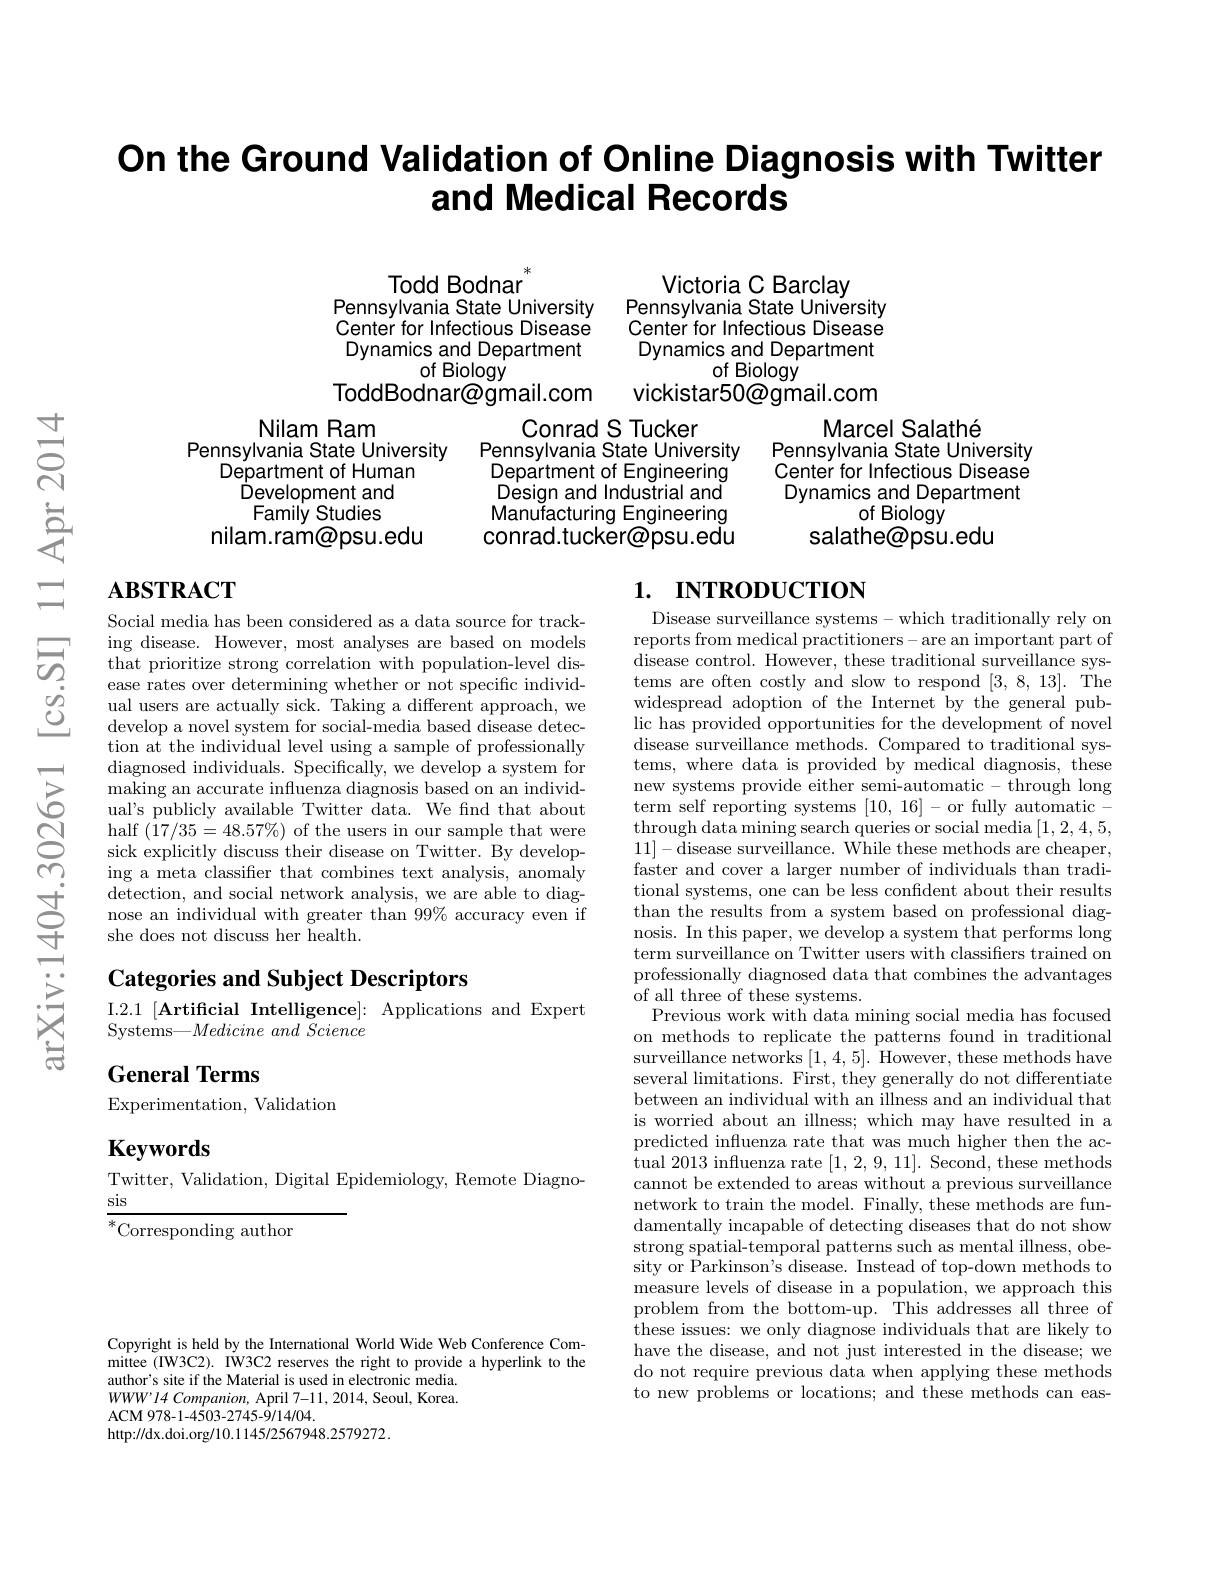
# On the Ground Validation of Online Diagnosis with Twitter and Medical Records

Todd Bodnar
Victoria C Barclay
Pennsylvania State University
Pennsylvania State University
Center for Infectious Disease
Center for Infectious Disease
Dynamics and Department
Dynamics and Department
of Biology
of Biology
ToddBodnar@gmail.com
vickistar50@gmail.com

Conrad S Tucker
Marcel Salathé
Pennsylvania State University
Pennsylvania State University
Department of Engineering
Center for Infectious Disease
Design and Industrial and
Dynamics and Department
Manufacturing Engineering conrad.tucker@psu.edu
salathe@psu.edu

Nilam Ram
Pennsylvania State University
Department of Human
Development and Family Studies
nilam.ram@psu.edu

of Biology

## $\mathbf{ABSTRACT}$

## 1. INTRODUCTION

Social media has been considered as a data source for tracking disease. However, most analyses are based on models that prioritize strong correlation with population-level disease rates over determining whether or not specific individual users are actually sick. Taking a different approach, we develop a novel system for social-media based disease detection at the individual level using a sample of professionally diagnosed individuals. Specifically, we develop a system for ${\text{making an accurate influenza diagnosis based on an individ-}}$ ual's publicly available Twitter data. We fnd that about half $(17/35=48.57\%)$ of the users in our sample that were sick explicitly discuss their disease on Twitter. By developing a meta classifier that combines text analysis, anomaly detection, and social network analysis, we are able to diagnose an individual with greater than 99% accuracy even if she does not discuss her health.

Categories and Subject Descriptors I. 2. 1[ Artificial Intelligence] : Applications and Expert Systems- Medicine and Science

Disease surveillance systems- which traditionally rely on reports from medical practitioners- are an important part of $\hat{\text{disease control. However, these traditional surveillance sys-}}$ tems are often costly and slow to respond [3,8,13]. The widespread adoption of the Internet by the general public has provided opportunities for the development of novel disease surveillance methods. Compared to traditional systems, where data is provided by medical diagnosis, these new systems provide either semi-automatic- through long term self reporting systems [10,16]-or fully automatic $\begin{array}{l}{\text{through data mining search queries or social media }[1,2,4,5,1]-\mathrm{disease~surveillance.~While~these~methods~are~cheaper,}}\\{11]-\mathrm{disease~surveillance.~While~these~methods~are~cheaper,}}\end{array}$ faster and cover a larger number of individuals than traditional systems, one can be less confident about their results than the results from a system based on professional diagnosis. In this paper, we develop a system that performs long term surveillance on Twitter users with classifiers trained on professionally diagnosed data that combines the advantages of all three of these systems.
Previous work with data mining social media has focused on methods to replicate the patterns found in traditional surveillance networks [1,4,5]. However, these methods have several limitations. First, they generally do not differentiate between an individual with an illness and an individual that is worried about an illness; which may have resulted in a predicted influenza rate that was much higher then the actual 2013 influenza rate [1,2,9,11]. Second, these methods cannot be extended to areas without a previous surveillance network to train the model. Finally, these methods are fundamentally incapable of detecting diseases that do not show strong spatial-temporal patterns such as mental illness, obesity or Parkinson's disease. Instead of top-down methods to measure levels of disease in a population, we approach this problem from the bottom-up. This addresses all three of these issues: we only diagnose individuals that are likely to have the disease, and not just interested in the disease; we do not require previous data when applying these methods to new problems or locations; and these methods can eas-

## General Terms Experimentation, Validation

# Keywords

Twitter, Validation, Digital Epidemiology, Remote Diagno-
sis

$^*$Corresponding author

Copyright is held by the International World Wide Web Conference Committee (IW3C2). IW3C2 reserves the right to provide a hyperlink to the author's site if the Material is used in electronic media. $WWW^{\prime }14\textit{ Companion, April 7- 11, 2014, Seoul, Korea. }$ ACM 978-1-4503-2745-9/14/04.
http://dx.doi.org/10.1145/2567948.2579272.